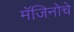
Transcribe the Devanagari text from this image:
मॅजिनोचे